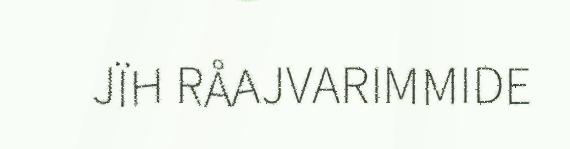
JÏH RÅAJVARIMMIDE